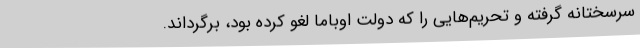
سرسختانه گرفته و تحریم‌هایی را که دولت اوباما لغو کرده بود، برگرداند.